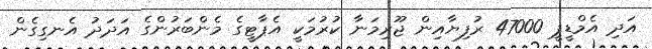
އަދި އެމްޑީޕީ 47000 ރުފިޔާއިން ޖޫރިމަނާ ކުރުމަކީ އެޕާޓީގެ މެންބަރުންގެ އަދަދު އެނގިގެން